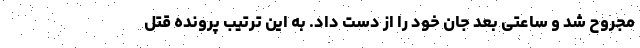
مجروح شد و ساعتی بعد جان خود را از دست داد. به این ترتیب پرونده قتل